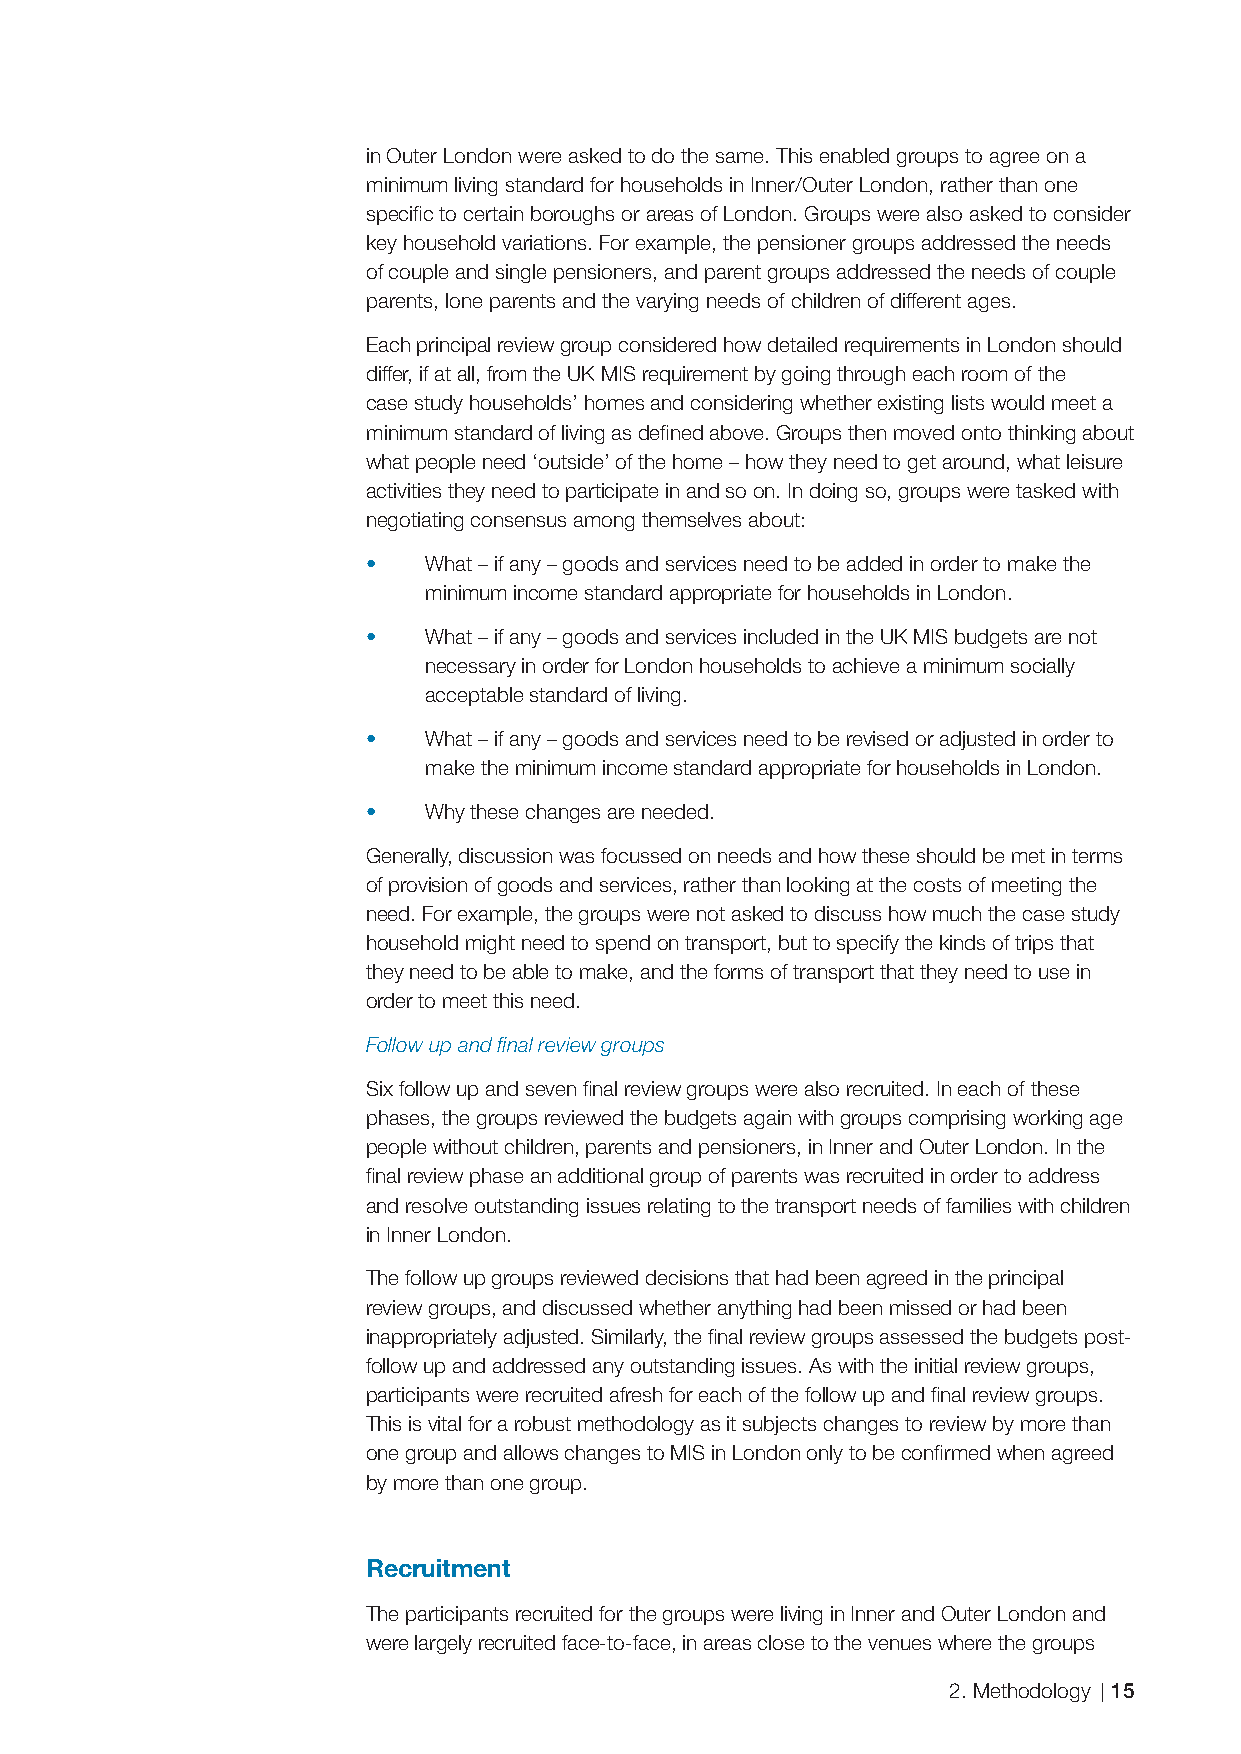
in Outer London were asked to do the same. This enabled groups to agree on a
 minimum living standard for households in Inner/Outer London, rather than one
 specifi c to certain boroughs or areas of London. Groups were also asked to consider
 key household variations. For example, the pensioner groups addressed the needs
 of couple and single pensioners, and parent groups addressed the needs of couple
 parents, lone parents and the varying needs of children of different ages.
 Each principal review group considered how detailed requirements in London should
 differ, if at all, from the UK MIS requirement by going through each room of the
 case study households’ homes and considering whether existing lists would meet a
 minimum standard of living as defi ned above. Groups then moved onto thinking about
 what people need ‘outside’ of the home – how they need to get around, what leisure
 activities they need to participate in and so on. In doing so, groups were tasked with
 negotiating consensus among themselves about:
 •   What – if any – goods and services need to be added in order to make the
 minimum income standard appropriate for households in London.
 •   What – if any – goods and services included in the UK MIS budgets are not
 necessary in order for London households to achieve a minimum socially
 acceptable standard of living.
 •   What – if any – goods and services need to be revised or adjusted in order to
 make the minimum income standard appropriate for households in London.
 •   Why these changes are needed.
 Generally, discussion was focussed on needs and how these should be met in terms
 of provision of goods and services, rather than looking at the costs of meeting the
 need. For example, the groups were not asked to discuss how much the case study
 household might need to spend on transport, but to specify the kinds of trips that
 they need to be able to make, and the forms of transport that they need to use in
 order to meet this need.
 Follow up and fi nal review groups
 Six follow up and seven fi nal review groups were also recruited. In each of these
 phases, the groups reviewed the budgets again with groups comprising working age
 people without children, parents and pensioners, in Inner and Outer London. In the
 fi nal review phase an additional group of parents was recruited in order to address
 and resolve outstanding issues relating to the transport needs of families with children
 in Inner London.
 The follow up groups reviewed decisions that had been agreed in the principal
 review groups, and discussed whether anything had been missed or had been
 inappropriately adjusted. Similarly, the fi nal review groups assessed the budgets post-
 follow up and addressed any outstanding issues. As with the initial review groups,
 participants were recruited afresh for each of the follow up and fi nal review groups.
 This is vital for a robust methodology as it subjects changes to review by more than
 one group and allows changes to MIS in London only to be confi rmed when agreed
 by more than one group.
 Recruitment
 The participants recruited for the groups were living in Inner and Outer London and
 were largely recruited face-to-face, in areas close to the venues where the groups
 2. Methodology 15